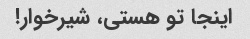
اینجا تو هستی، شیرخوار!